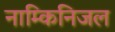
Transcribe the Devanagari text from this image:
नाम्किनिजल